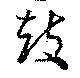
鼓